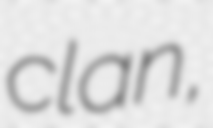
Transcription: clan,